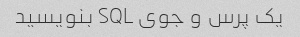
یک پرس و جوی SQL بنویسید